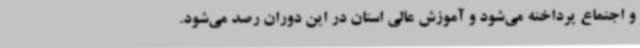
و اجتماع پرداخته می‌شود و آموزش عالی استان در این دوران رصد می‌شود.